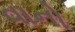
વાનો